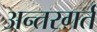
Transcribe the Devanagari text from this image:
अन्तरगर्त